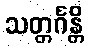
သတ္တင်္ဂန္တိ